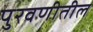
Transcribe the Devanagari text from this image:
पुरवणीतील